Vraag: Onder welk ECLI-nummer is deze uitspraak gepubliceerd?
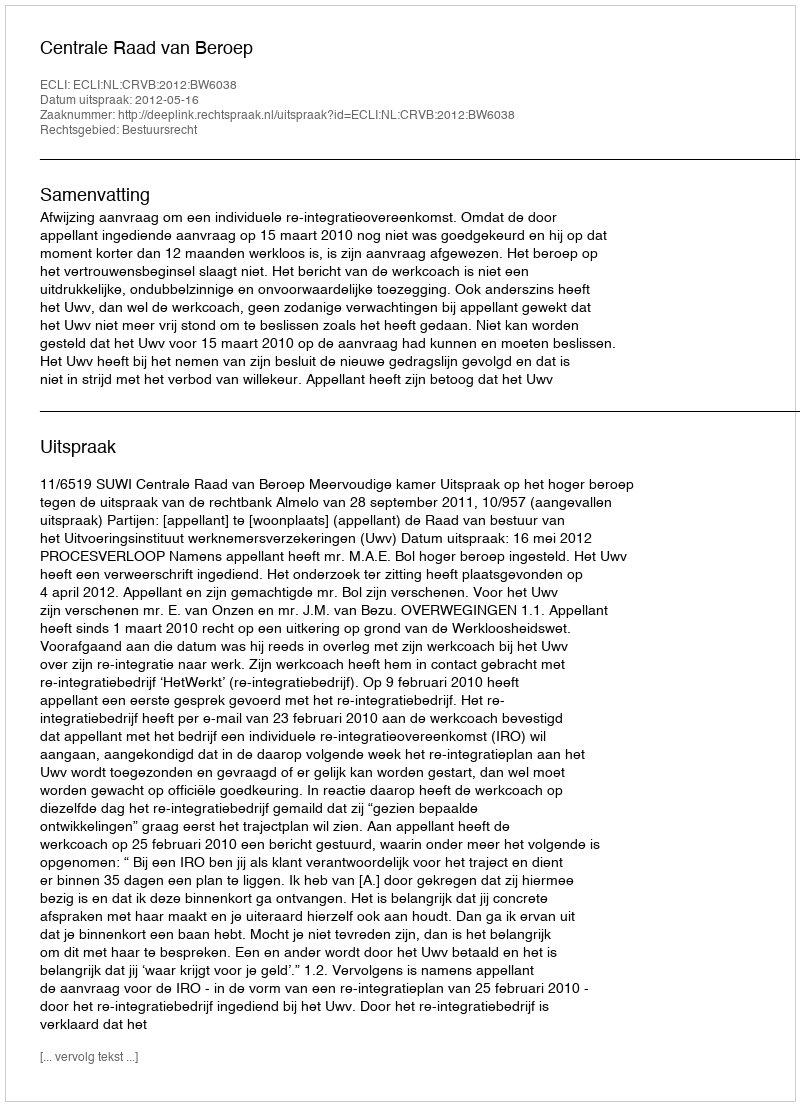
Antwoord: ECLI:NL:CRVB:2012:BW6038